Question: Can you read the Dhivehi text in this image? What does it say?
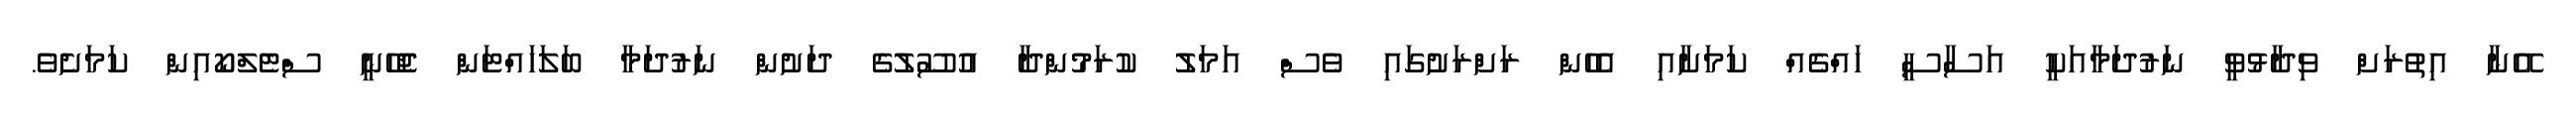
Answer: އޭނާ އިތުރަށް ވިދާޅުވީ ނަރުދަމާއަކީ އަސާސީ ހައްގެއް ކަމަށާއި އެހެން ރަށްރަށުގައި ވެސް އަމަލު ކުރަމުންދާ އުސޫލުގެ ދަށުން ނަރުދަމާ ބަލަހައްޓަން ޖެހޭނީ ސްޓެލްކޯއިން ކަމަށެވެ.